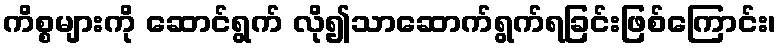
ကိစ္စများကို ဆောင်ရွက် လို၍သာဆောက်ရွက်ရခြင်းဖြစ်ကြောင်း၊